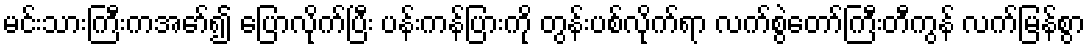
မင်းသားကြီးကအော်၍ ပြောလိုက်ပြီး ပန်းကန်ပြားကို တွန်းပစ်လိုက်ရာ လက်စွဲတော်ကြီးတီကွန် လက်မြန်စွာ